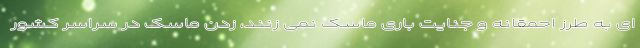
ای به طرز احمقانه و جنایت باری ماسک نمی زنند، زدن ماسک در سراسر کشور